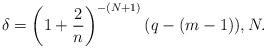
LaTeX: \begin{align*}\delta=\left(1+\frac 2n\right)^{-(N+1)}(q-(m-1)), N.\end{align*}